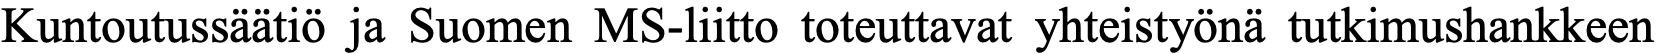
Kuntoutussäätiö ja Suomen MS-liitto toteuttavat yhteistyönä tutkimushankkeen